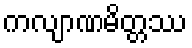
ကလျာဏမိတ္တဿ